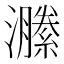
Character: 𤂵